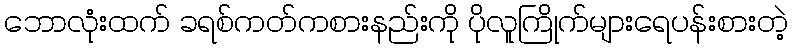
ဘောလုံးထက် ခရစ်ကတ်ကစားနည်းကို ပိုလူကြိုက်များရေပန်းစားတဲ့